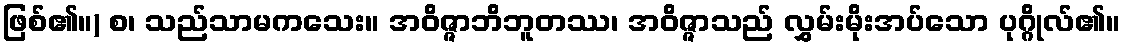
ဖြစ်၏။) စ၊ သည်သာမကသေး။ အဝိဇ္ဇာဘိဘူတဿ၊ အဝိဇ္ဇာသည် လွှမ်းမိုးအပ်သော ပုဂ္ဂိုလ်၏။